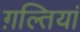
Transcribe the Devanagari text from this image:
ग़ल्तियां